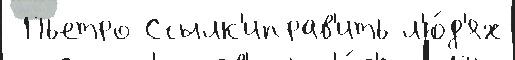
 Пьетро Ссылк'иправ'ить л'ю́д'ях